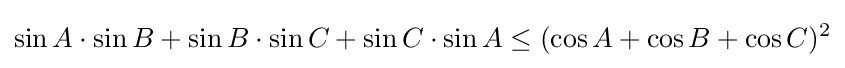
\sin A\cdot \sin B+\sin B\cdot \sin C+\sin C\cdot \sin A\leq (\cos A+\cos B+\cos C)^{2}